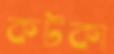
কটকা